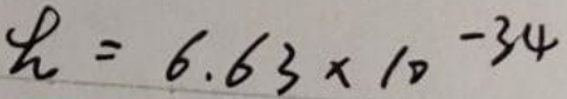
$h = 6.63\times 10^{-34}$